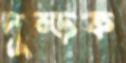
দুম্‌ড়ক